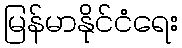
မြန်မာနိုင်ငံရေး